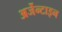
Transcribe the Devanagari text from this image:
अर्जेन्टाइन